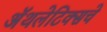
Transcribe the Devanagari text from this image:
अॅथलेटिक्सचे